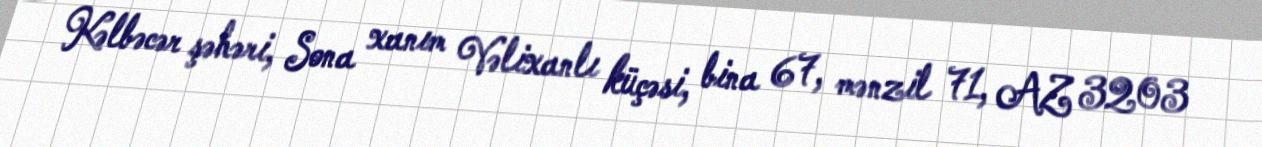
Kəlbəcər şəhəri, Sona xanım Vəlixanlı küçəsi, bina 67, mənzil 71, AZ 3203